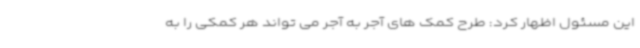
این مسئول اظهار کرد: طرح کمک های آجر به آجر می تواند هر کمکی را به